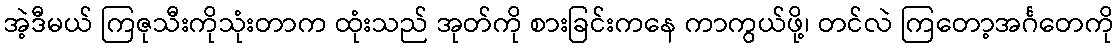
အဲ့ဒီမယ် ကြဇုသီးကိုသုံးတာက ထုံးသည် အုတ်ကို စားခြင်းကနေ ကာကွယ်ဖို့၊ တင်လဲ ကြတော့အင်္ဂတေကို